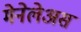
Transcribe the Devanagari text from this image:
मेनेलेअस